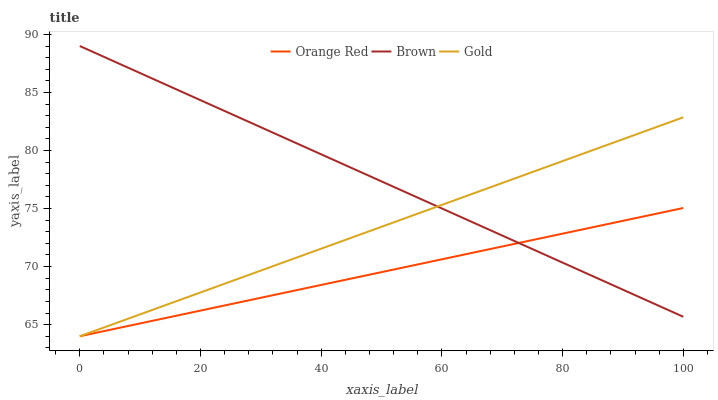
| xaxis_label | Orange Red | Brown | Gold |
 | --- | --- | --- | --- |
 | 0 | 64 | 89 | 64 |
 | 10 | 65.1 | 86.7 | 65.9 |
 | 20 | 66.2 | 84.3 | 67.8 |
 | 30 | 67.3 | 82 | 69.7 |
 | 40 | 68.4 | 79.7 | 71.5 |
 | 50 | 69.5 | 77.3 | 73.4 |
 | 60 | 70.6 | 75 | 75.3 |
 | 70 | 71.7 | 72.7 | 77.2 |
 | 80 | 72.8 | 70.3 | 79.1 |
 | 90 | 73.9 | 68 | 81 |
 | 100 | 75 | 65.7 | 82.9 |